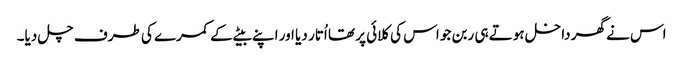
اس نے گھر داخل ہوتے ہی ربن جو اس کی کلائی پر تھا اُتار دیا اور اپنے بیٹے کے کمرے کی طرف چل دیا۔